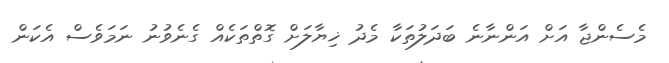
މެސެންޖާ އަށް އަންނާނެ ބަދަލުތަކާ މެދު ޚިޔާލަށް ގޮތްތަކެއް ގެނެވުނު ނަމަވެސް އެކަން